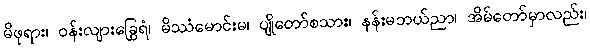
မိဖုရား၊ ဝန်းလျားခြွေရံ၊ မိဿံမောင်းမ၊ ပျိုတော်စသား၊ နန်းမဘယ်ညာ၊ အိမ်တော်မှာလည်း၊